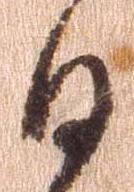
日